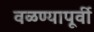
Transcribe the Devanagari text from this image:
वळण्यापूर्वी